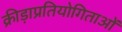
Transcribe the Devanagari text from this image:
क्रीड़ाप्रतियोगिताओं